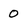
Character: 0